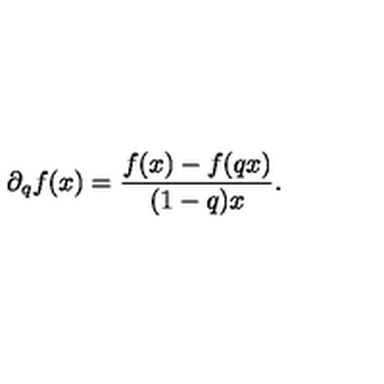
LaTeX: \partial _ { q } f ( x ) = \frac { f ( x ) - f ( q x ) } { ( 1 - q ) x } .